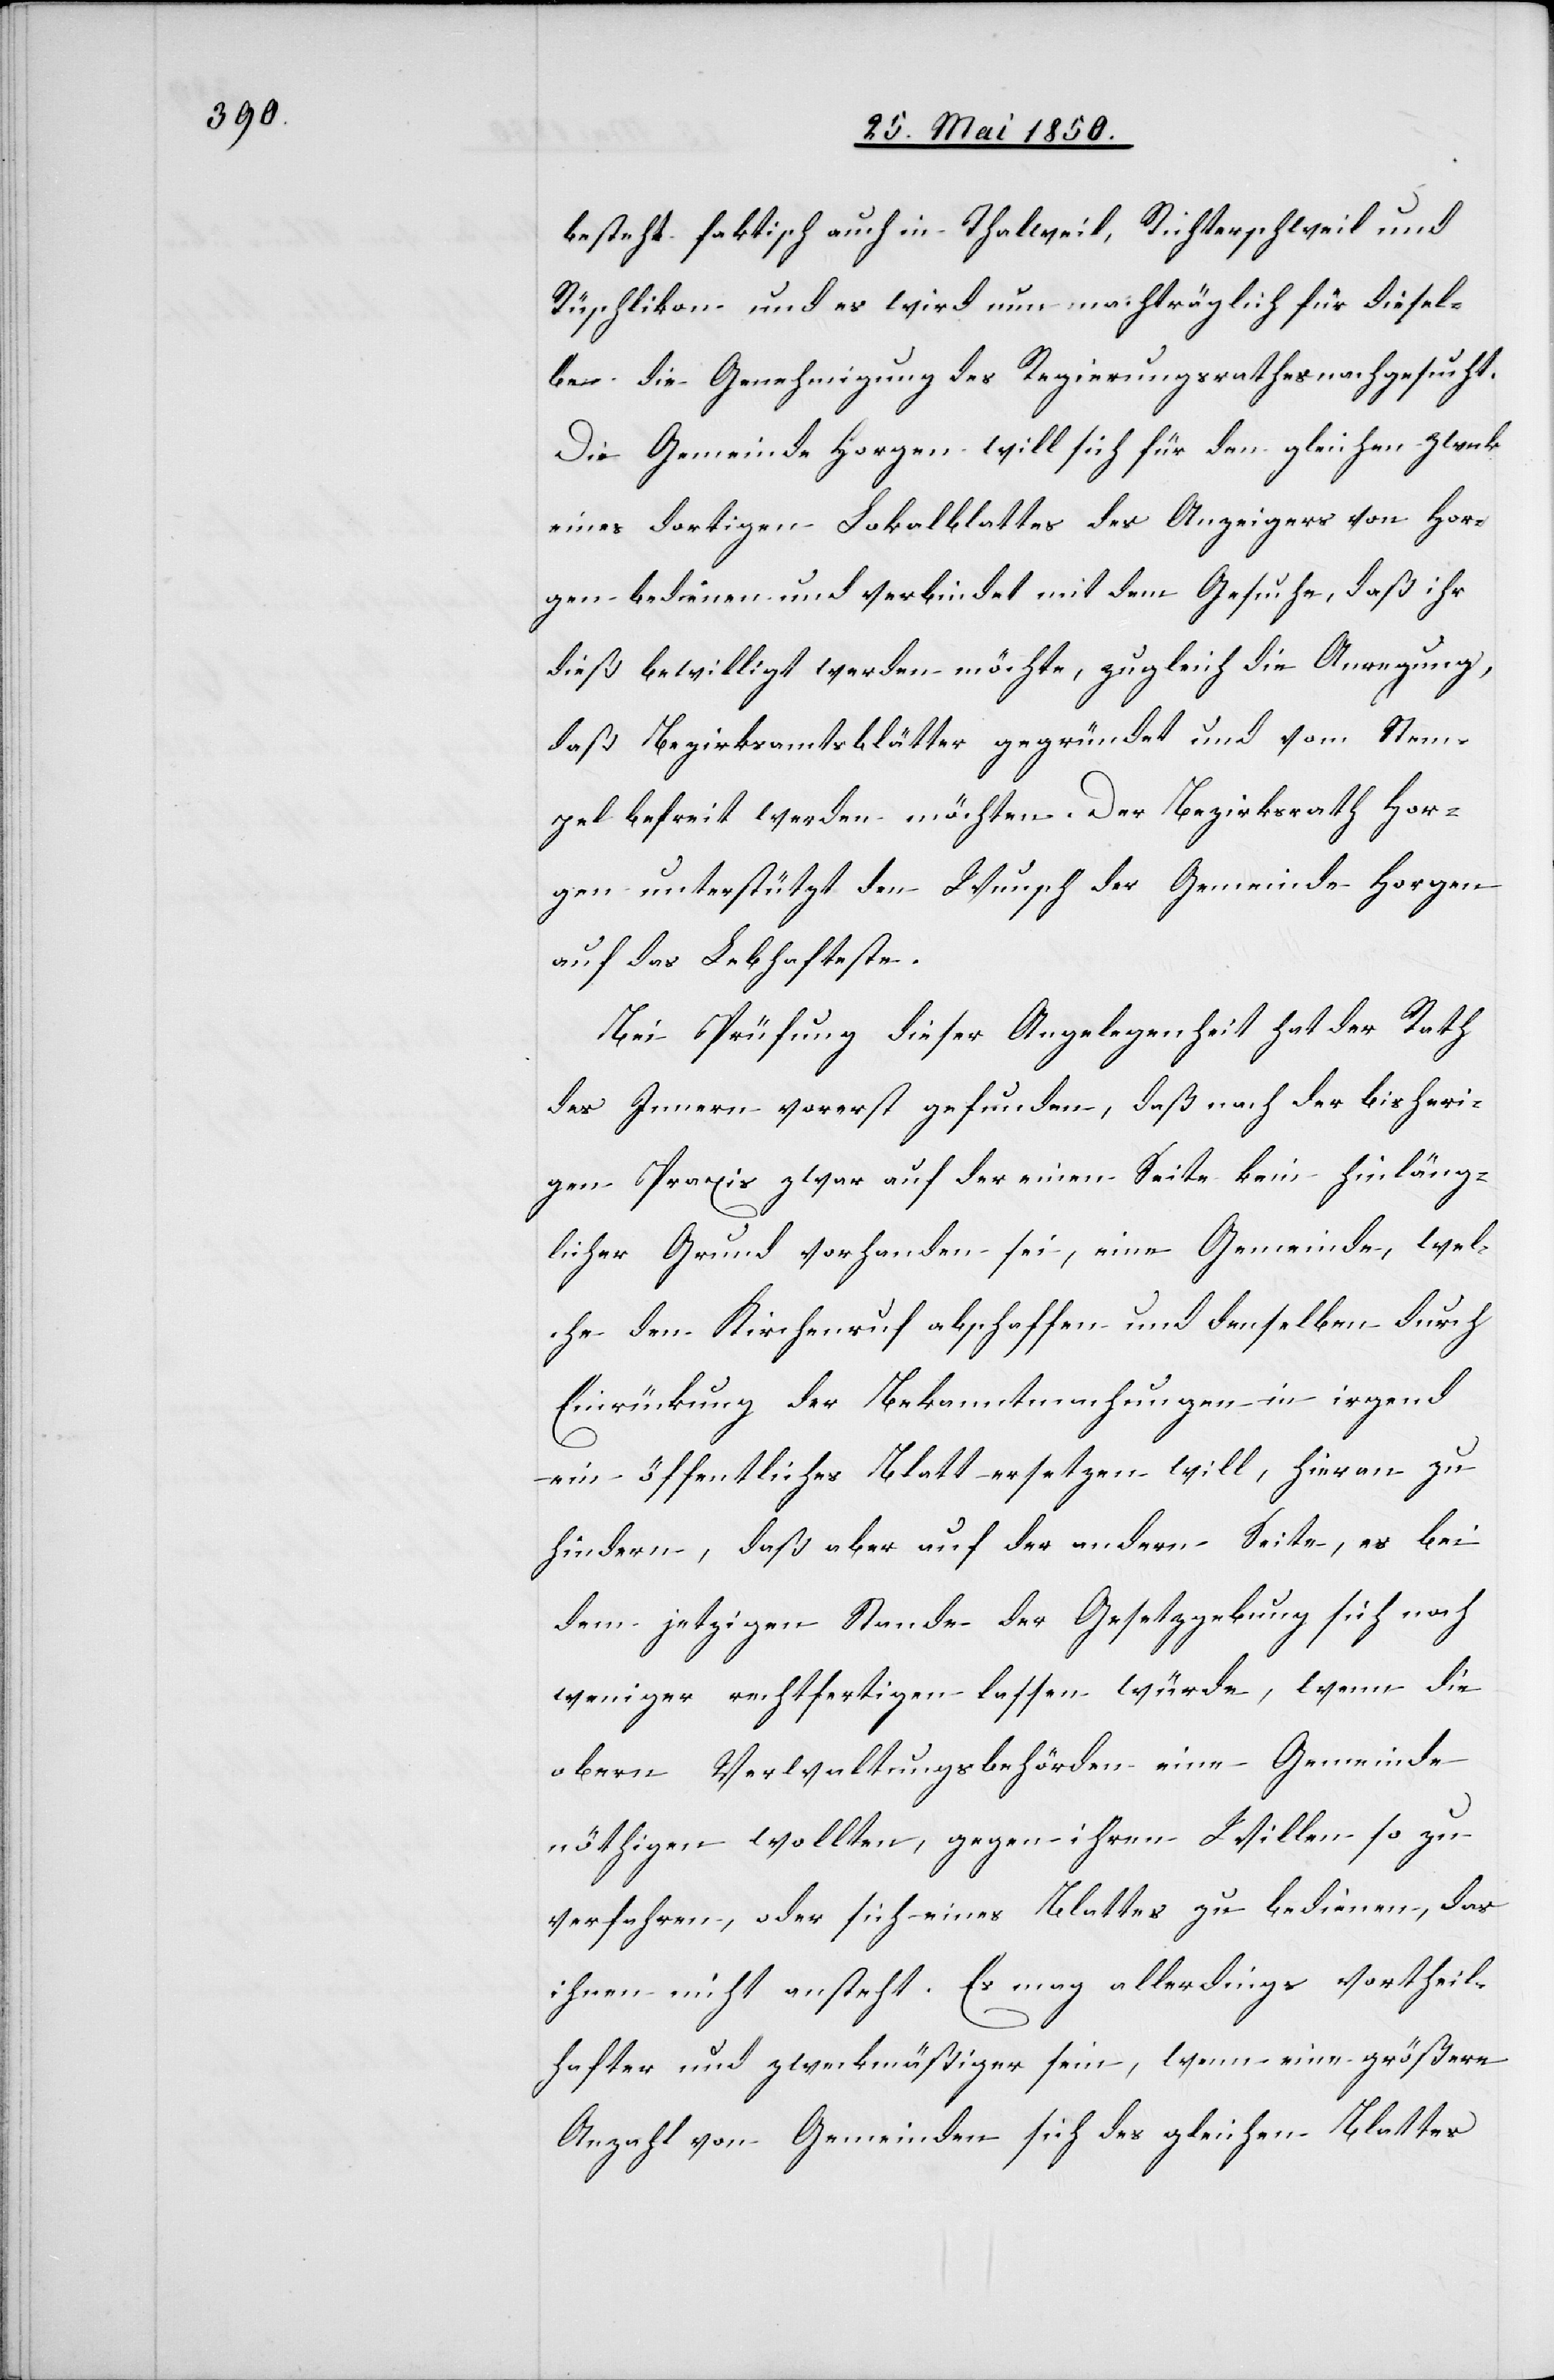
besteht faktisch auch in Thalweil, Richterschweil und
Rüschlikon und es wird nun machträglich [recte:
dieselben die Genehmigung des Regierungsrathes nachgesucht.
Die Gemeinde Horgen will sich für den gleichen Zwek
eines dortigen Lokalblattes des Anzeigers von Hor¬
gen bedienen und verbindet mit dem Gesuche, daß ihr
dieß bewilligt werden möchte, zugleich die Anregung,
daß Bezirksamtsblätter gegründet und vom Stem¬
pel befreit werden möchten. Der Bezirksrath Hor¬
gen unterstützt den Wunsch der Gemeinde Horgen
auf das Lebhafteste.
Bei Prüfung dieser Angelegenheit hat der Rath
des Innern vorerst gefunden, daß nach der bisheri¬
gen Praxis zwar auf der einen Seite kein hinläng¬
licher Grund vorhanden sei, eine Gemeinde, wel¬
che den Kirchenruf abschaffen und denselben durch
Einrückung der Bekanntmachungen in irgend
ein öffentliches Blatt ersetzen will, hieran zu
hindern, daß aber auf der andern Seite, es bei
dem jetzigen Stande der Gesetzgebung sich noch
weniger rechtfertigen lassen würde, wenn die
obern Verwaltungsbehörden eine Gemeinde
nöthigen wollten, gegen ihren Willen so zu
verfahren, oder sich eines Blattes zu bedienen, das
ihnen nicht ansteht. Es mag allerdings vortheil¬
hafter und zweckmäßiger sein, wenn eine größere
Anzahl von Gemeinden sich des gleichen Blattes